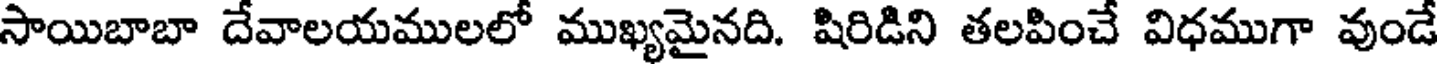
సాయిబాబా దేవాలయములలో ముఖ్యమైనది. షిరిడిని తలపించే విధముగా వుండే